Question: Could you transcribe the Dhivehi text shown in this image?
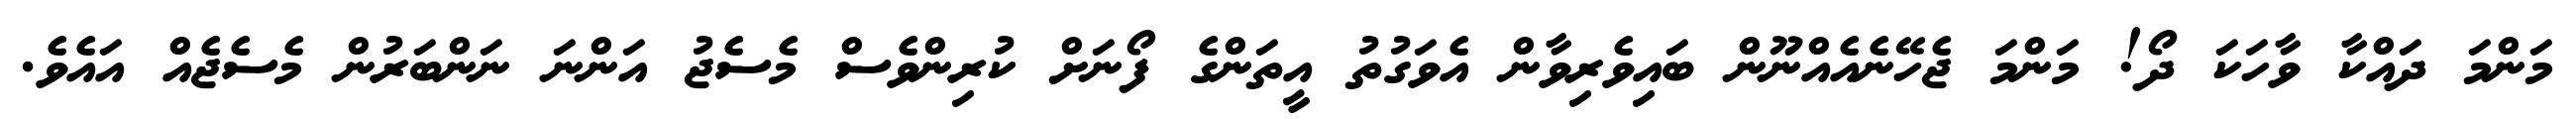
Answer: މަންމަ ދައްކާ ވާހަކަ ދޯ! މަންމަ ޖެހޭނެއެއްނޫން ބައިވެރިވާން އެވަގުތު އީތަންގެ ފޯނަށް ކުރިންވެސް މެސެޖު އަންނަ ނަންބަރުން މެސެޖެއް އައެވެ.